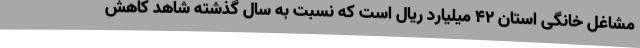
مشاغل خانگی استان 42 میلیارد ریال است که نسبت به سال گذشته شاهد کاهش